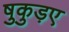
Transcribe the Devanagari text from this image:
षुकुड़ए